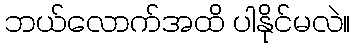
ဘယ်လောက်အထိ ပါနိုင်မလဲ။